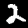
Digit: 2